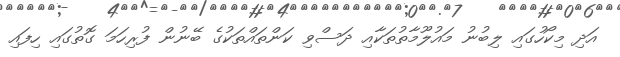
އަދި މިކޯހުގައި ލިބުނު މައުލޫމާތުތަކާއި ދަސްވި ކަންތައްތަކުގެ ބޭނުން ފުރިހަމަ ގޮތުގައި ހިފައި